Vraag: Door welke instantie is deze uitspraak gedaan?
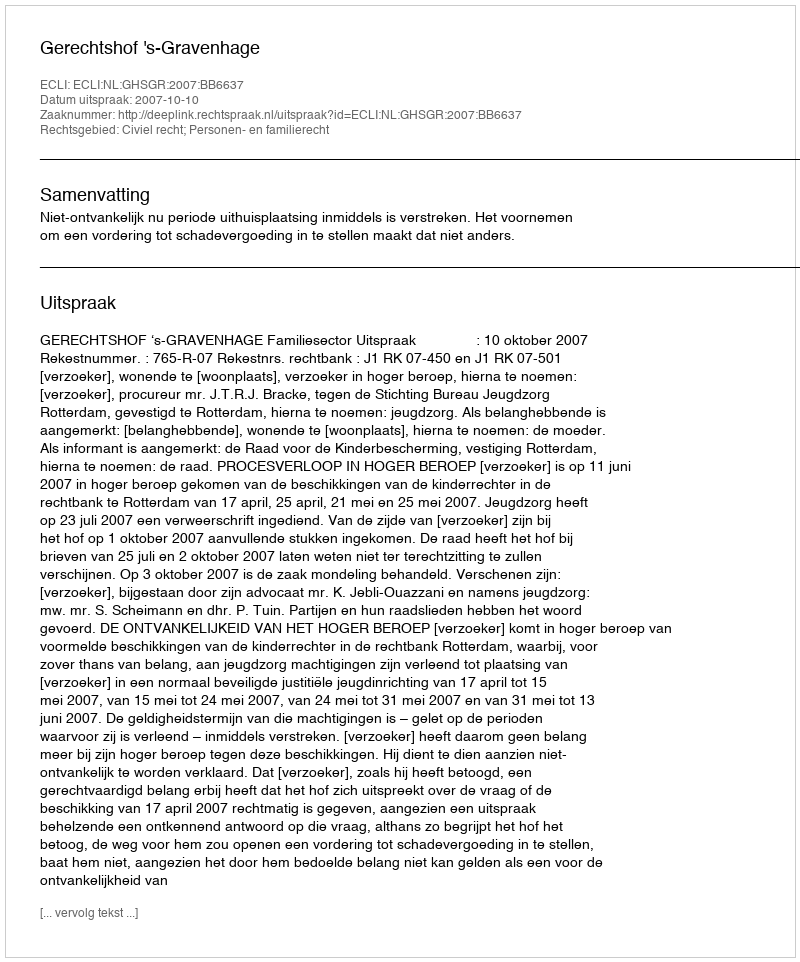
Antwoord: Gerechtshof 's-Gravenhage